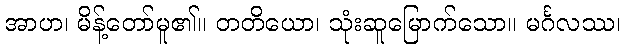
အာဟ၊ မိန့်တော်မူ၏။ တတိယော၊ သုံးဆူမြောက်သော။ မင်္ဂလဿ၊